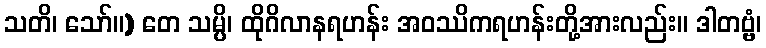
သတိ၊ သော်။) တေ သမ္ပိ၊ ထိုဂိလာနရဟန်း အဝဿိကရဟန်းတို့အားလည်း။ ဒါတဗ္ဗံ၊